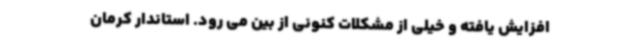
افزایش یافته و خیلی از مشکلات کنونی از بین می رود. استاندار کرمان